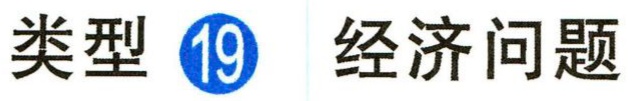
类型 \textcircled{19} 经济问题